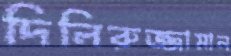
দিলিরুজ্জামান